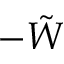
- \tilde { W }